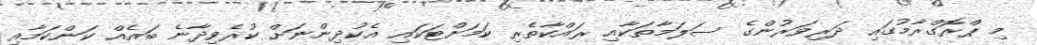
މި ޕްރޮގްރާމުގައި ދަރިވަރުންގެ ސަލަމާތަކާއި ރައްކާތެރި ކަމަށްޓަކައި އެކުދިންނަށް ކުރެވިދާނެ ބައެއް ކަންކަމާއި